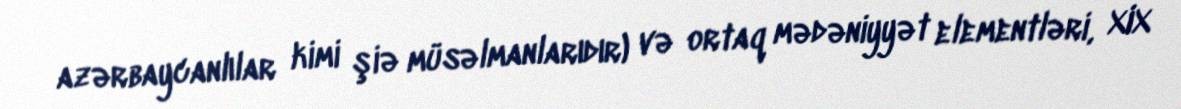
azərbaycanlılar kimi şiə müsəlmanlarıdır) və ortaq mədəniyyət elementləri, XIX